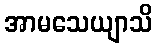
အာမသေယျာသိ